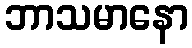
ဘာသမာနော